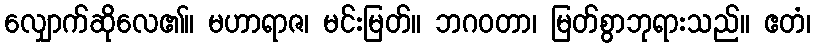
လျှောက်ဆိုလေ၏။ မဟာရာဇ၊ မင်းမြတ်။ ဘဂဝတာ၊ မြတ်စွာဘုရားသည်။ ဧတံ၊